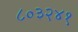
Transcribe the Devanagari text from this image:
८०३२४१